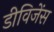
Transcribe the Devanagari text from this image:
डीविजेंस